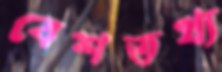
বেশতথ্য